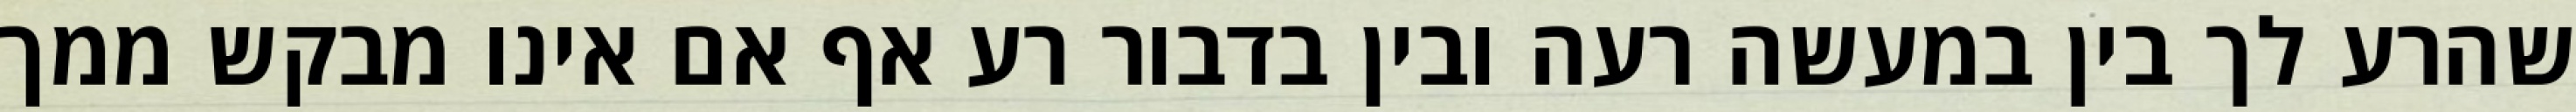
שהרע לך בין במעשה רעה ובין בדבור רע אף אם אינו מבקש ממך